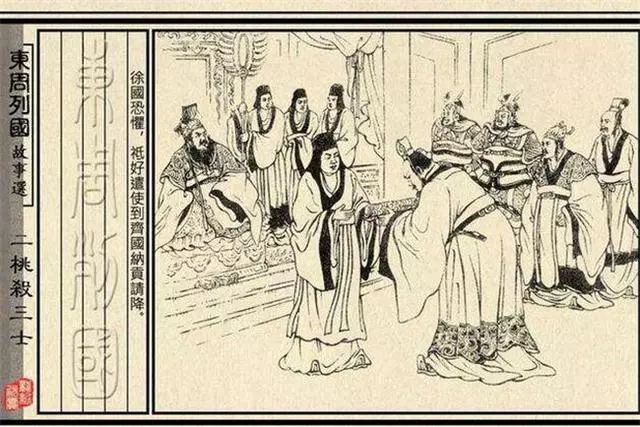
善用兵者，不以短击长，而以长击短。